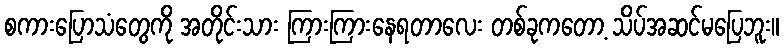
စကားပြောသံတွေကို အတိုင်းသား ကြားကြားနေရတာလေး တစ်ခုကတော့ သိပ်အဆင်မပြေဘူး။